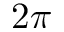
2 \pi